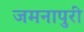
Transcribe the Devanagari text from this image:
जमनापुरी